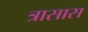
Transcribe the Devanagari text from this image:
त्रासास